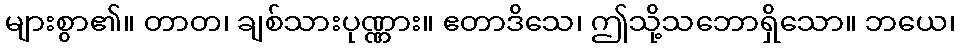
များစွာ၏။ တာတ၊ ချစ်သားပုဏ္ဏား။ ဧတာဒိသေ၊ ဤသို့သဘောရှိသော။ ဘယေ၊